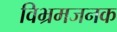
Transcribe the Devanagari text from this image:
विभ्रमजनक